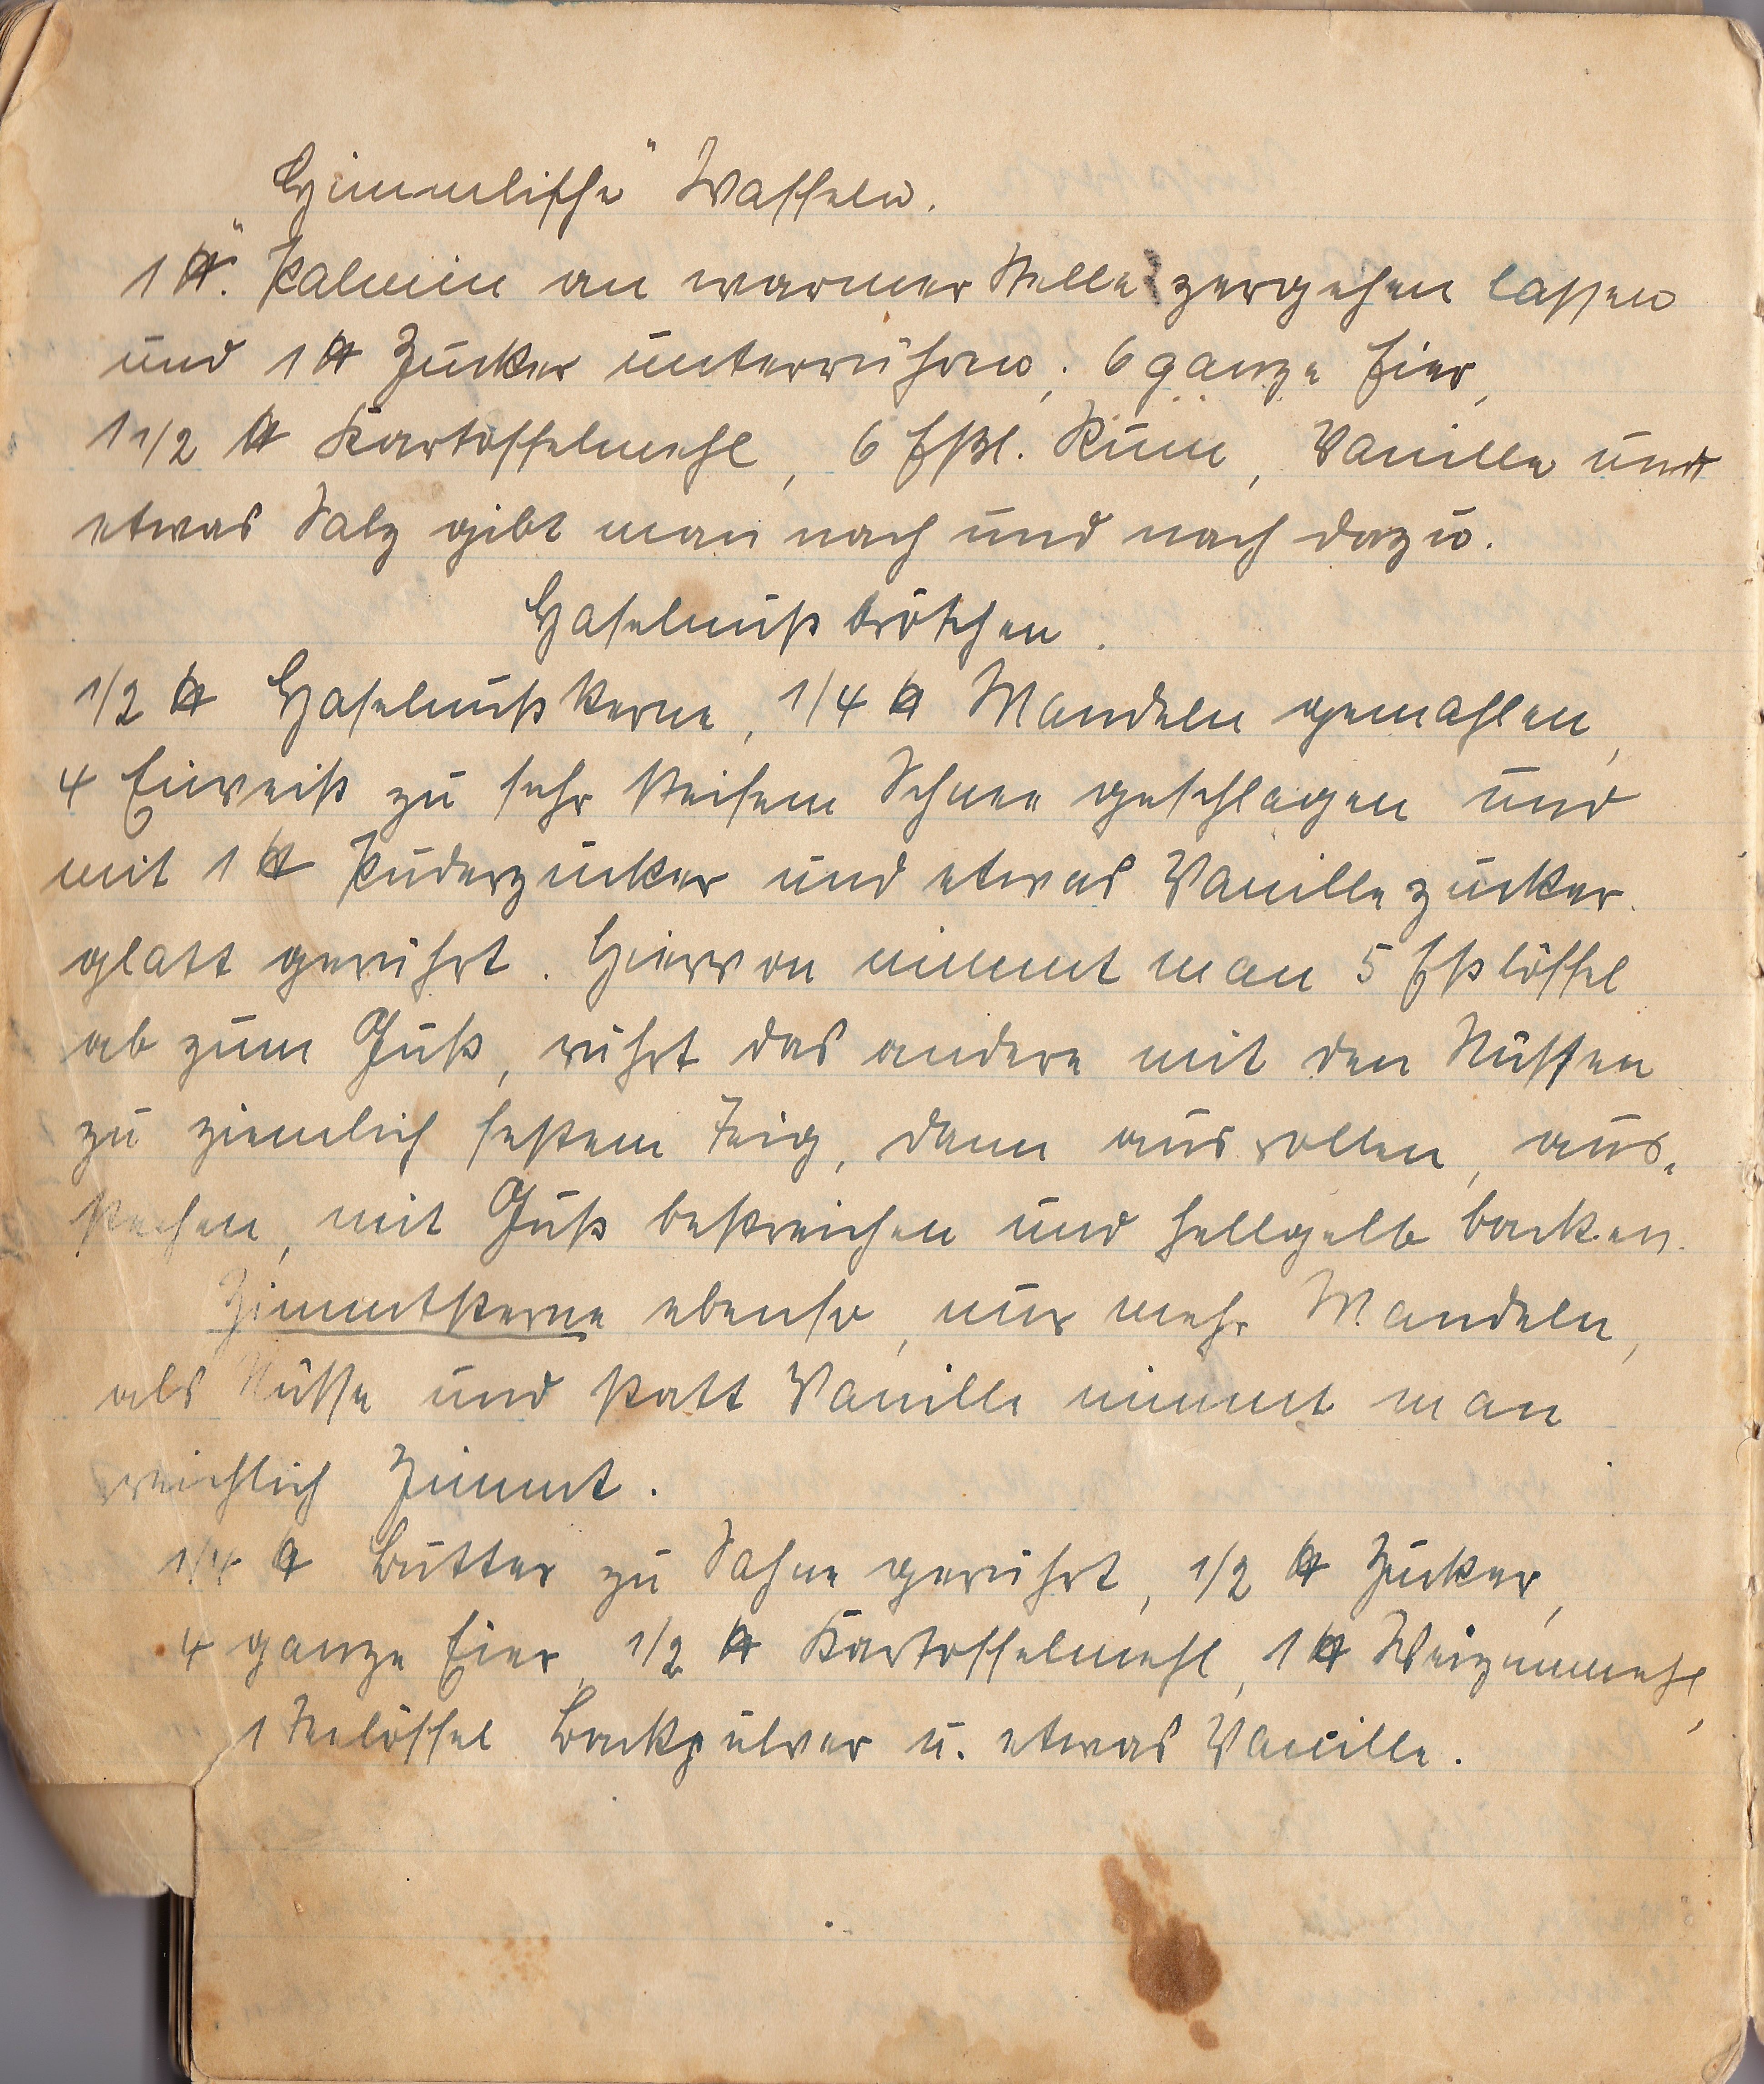
"Himmlische" Waffeln.
1 kg Palmin an wamer Stelle zergehen lassen
und 1 kg Zucker unterrühren. 6 ganze Eier
1 ½ kg Kartoffelmehl, 6 Eßl. Rum, Vanille und
etwas Salz gibt man nach und nach dazu.
Haselnußbrötchen.
½ kg Haselnußkerne, ¼ kg Mandeln gemahlen,
4 Eiweiß zu sehr steifen Schnee geschlagen und
mit 1 kg Puderzucker und etwas Vanillezucker
glatt gerührt. Hiervon nimmt man 5 Eßlöffel
ab zum Guß, rührt das andere mit den Nüssen
zu ziemlich festem Teig, dann ausrollen, aus¬
kneten, mit Guß bestreichen und hellgelb backen.
Zimmtkerne ebenso nur mehr Mandeln
als Nüsse und statt Vanille nimmt man
reichlich Zimt.
¼ kg Butter zu Sahne gerührt, ½ kg Zucker,
4 ganze Eier ½ kg Kartoffelmehl, 1 kg Weizenmehl,
1 Teelöffel Backpulver und etwas Vanille.